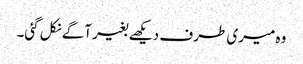
وہ میری طرف دیکھے بغیر آگے نکل گئی۔